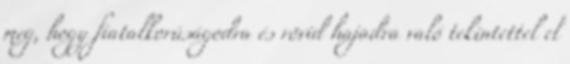
meg, hogy fiatalkorúságodra és rövid hajadra való tekintettel el